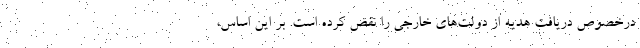
درخصوص دریافت هدیه از دولت‌های خارجی را نقض کرده است. بر این اساس،